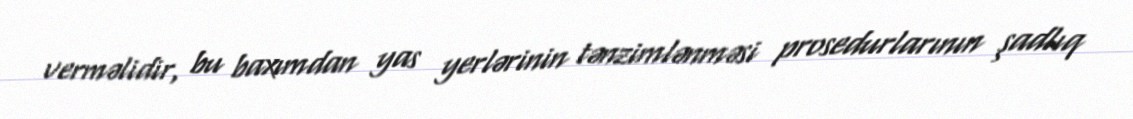
verməlidir, bu baxımdan yas yerlərinin tənzimlənməsi prosedurlarının şadlıq